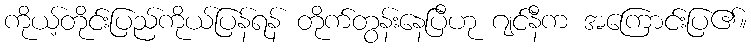
ကိုယ့်တိုင်းပြည်ကိုယ်ပြန်ရန် တိုက်တွန်းနေပြီဟု ဂျင်နီက အကြောင်းပြ၏။